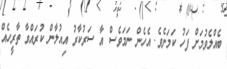
ބެއްލެވުމަށް ފަހު ކަމަށެވެ. އެހެން ނަމަވެސް އާ ސަރުކާރު އިއުލާން ކުރައްވާ ތާރީހެއް